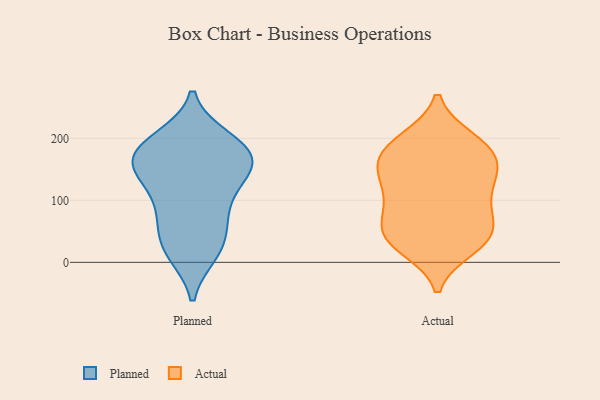
{"axis": {"x": "Churn Rate (%)", "y": "Value"}, "legend": ["Actual", "Planned"], "data": [{"x": "", "y": 163, "type": "Planned"}, {"x": "", "y": 50, "type": "Planned"}, {"x": "", "y": 148, "type": "Planned"}, {"x": "", "y": 104, "type": "Planned"}, {"x": "", "y": 101, "type": "Planned"}, {"x": "", "y": 20, "type": "Planned"}, {"x": "", "y": 74, "type": "Planned"}, {"x": "", "y": 157, "type": "Planned"}, {"x": "", "y": 142, "type": "Planned"}, {"x": "", "y": 167, "type": "Planned"}, {"x": "", "y": 62, "type": "Planned"}, {"x": "", "y": 171, "type": "Planned"}, {"x": "", "y": 192, "type": "Planned"}, {"x": "", "y": 200, "type": "Planned"}, {"x": "", "y": 181, "type": "Planned"}, {"x": "", "y": 198, "type": "Planned"}, {"x": "", "y": 14, "type": "Planned"}, {"x": "", "y": 16, "type": "Planned"}, {"x": "", "y": 138, "type": "Planned"}, {"x": "", "y": 149, "type": "Actual"}, {"x": "", "y": 143, "type": "Actual"}, {"x": "", "y": 68, "type": "Actual"}, {"x": "", "y": 37, "type": "Actual"}, {"x": "", "y": 47, "type": "Actual"}, {"x": "", "y": 198, "type": "Actual"}, {"x": "", "y": 106, "type": "Actual"}, {"x": "", "y": 63, "type": "Actual"}, {"x": "", "y": 149, "type": "Actual"}, {"x": "", "y": 175, "type": "Actual"}, {"x": "", "y": 31, "type": "Actual"}, {"x": "", "y": 37, "type": "Actual"}, {"x": "", "y": 173, "type": "Actual"}, {"x": "", "y": 188, "type": "Actual"}, {"x": "", "y": 24, "type": "Actual"}, {"x": "", "y": 92, "type": "Actual"}, {"x": "", "y": 138, "type": "Actual"}, {"x": "", "y": 104, "type": "Actual"}, {"x": "", "y": 197, "type": "Actual"}]}